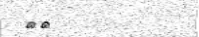
٥٩